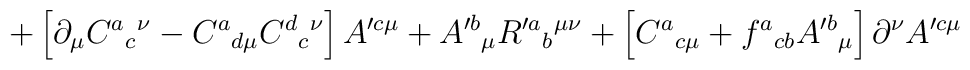
+\left[ \partial _{\mu }C^{a}{}_{c}{}^{\nu }-C^{a}{}_{d\mu}C^{d}{}_{c}{}^{\nu }\right] A^{\prime c \mu }+ A^{\prime b}{}_{\mu}R^{\prime a}{}_{b}{}^{\mu \nu }+\left[ C^{a}{}_{c\mu}+f^{a}{}_{cb}A^{\prime b}{}_{\mu }\right] \partial^{\nu}A^{\prime c\mu }